Relation of titanus [i.e. tetanus] to the hypodermic or intramuscular injection of quinine - Number 43
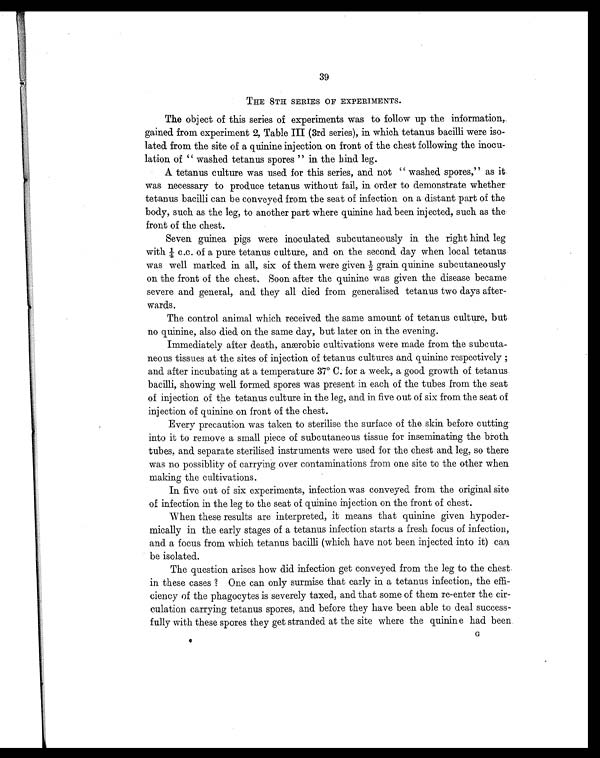
39
THE 8TH SERIES OF EXPERIMENTS.
The object of this series of experiments was to follow up the information,
gained from experiment 2, Table III (3rd series), in which tetanus bacilli were iso-
lated from the site of a quinine injection on front of the chest following the inocu-
lation of "washed tetanus spores" in the hind leg.
A tetanus culture was used for this series, and not "washed spores," as it
was necessary to produce tetanus without fail, in order to demonstrate whether
tetanus bacilli can be conveyed from the seat of infection on a distant part of the
body, such as the leg, to another part where quinine had been injected, such as the
front of the chest.
Seven guinea pigs were inoculated subcutaneously in the right hind leg
w i t h ¼ c . c . o f a p u r e t e t a n u s c u l t u r e , a n d o n t h e s e c o n d , d a y w h e n l o c a l t e t a n u s
was well marked in all, six of them were given ½ grain quinine subcutaneously
on the front of the chest. Soon after the quinine was given the disease became
severe and general, and they all died from generalised tetanus two days after-
wards.
The control animal which received the same amount of tetanus culture, but
no quinine, also died on the same day, but later on in the evening.
Immediately after death, anærobic cultivations were made from the subcuta-
neous tissues at the sites of injection of tetanus cultures and, quinine respectively;
and after incubating at a temperature 37° C. for a week, a good growth of tetanus
bacilli, showing well formed spores was present in each of the tubes from the seat
of injection of the tetanus culture in the leg, and in five out of six from the seat of
injection of quinine on front of the chest.
Every precaution was taken to sterilise the surface of the skin before cutting
into it to remove a small piece of subcutaneous tissue for inseminating the broth
tubes, and, separate sterilised instruments were used for the chest and leg, so there
was no possiblity of carrying over contaminations from one site to the other when
making the cultivations.
In five out of six experiments, infection was conveyed from the original site
of infection in the leg to the seat of quinine injection on the front of chest.
When these results are interpreted, it means that quinine given hypoder-
mically in the early stages of a tetanus infection starts a fresh focus of infection,
and a focus from which tetanus bacilli (which have not been injected into it) can
be isolated.
The question arises how did infection get conveyed from the leg to the chest
in these cases ? One can only surmise that early in a tetanus infection, the effi-
ciency of the phagocytes is severely taxed, and that some of them re-enter the cir-
culation carrying tetanus spores, and before they have been able to deal success-
fully with these spores they get stranded at the site where the quinine had been